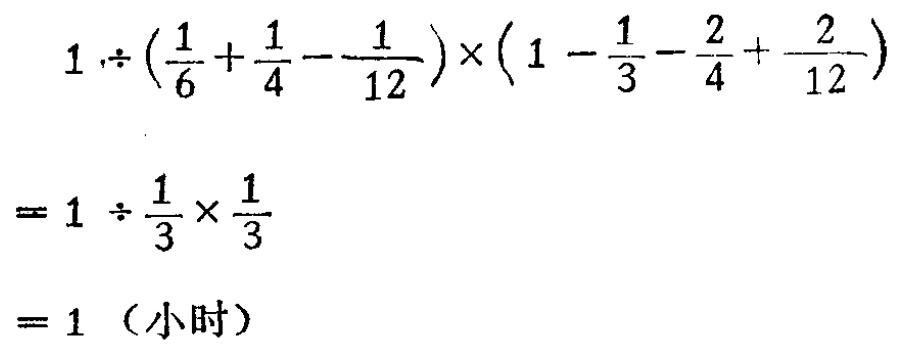
\[
\begin{align*}
&1\div\left(\frac{1}{6}+\frac{1}{4}-\frac{1}{12}\right)\times\left(1 - \frac{1}{3}-\frac{2}{4}+\frac{2}{12}\right)\\
=&1\div\frac{1}{3}\times\frac{1}{3}\\
=&1 \text{（小时）}
\end{align*}
\]